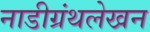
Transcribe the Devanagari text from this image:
नाडीग्रंथलेखन